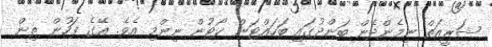
ޝަރީއަތް ނިމެންދެން ބަންދުގައި ބަހައްޓަން ކޯޓުން ނިންމި އެވެ. އޭގެ ފަހުން ތިން